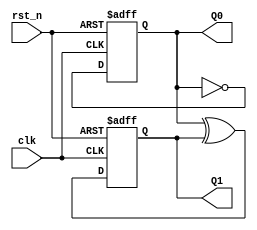
// Copyright (C) 2020  Intel Corporation. All rights reserved.
// Your use of Intel Corporation's design tools, logic functions 
// and other software and tools, and any partner logic 
// functions, and any output files from any of the foregoing 
// (including device programming or simulation files), and any 
// associated documentation or information are expressly subject 
// to the terms and conditions of the Intel Program License 
// Subscription Agreement, the Intel Quartus Prime License Agreement,
// the Intel FPGA IP License Agreement, or other applicable license
// agreement, including, without limitation, that your use is for
// the sole purpose of programming logic devices manufactured by
// Intel and sold by Intel or its authorized distributors.  Please
// refer to the applicable agreement for further details, at
// https://fpgasoftware.intel.com/eula.

// PROGRAM		"Quartus Prime"
// VERSION		"Version 20.1.1 Build 720 11/11/2020 SJ Lite Edition"
// CREATED		"Wed Dec 22 12:35:13 2021"

module count_4(
	clk,
	rst_n,
	Q0,
	Q1
);


input wire	clk;
input wire	rst_n;
output wire	Q0;
output wire	Q1;

reg	[0:0] result;
wire	SYNTHESIZED_WIRE_0;
wire	SYNTHESIZED_WIRE_1;
reg	DFF_inst;

assign	Q1 = DFF_inst;




always@(posedge clk or negedge rst_n)
begin
if (!rst_n)
	begin
	DFF_inst <= 0;
	end
else
	begin
	DFF_inst <= SYNTHESIZED_WIRE_0;
	end
end


always@(posedge clk or negedge rst_n)
begin
if (!rst_n)
	begin
	result[0] <= 0;
	end
else
	begin
	result[0] <= SYNTHESIZED_WIRE_1;
	end
end

assign	SYNTHESIZED_WIRE_1 =  ~result;

assign	SYNTHESIZED_WIRE_0 = result ^ DFF_inst;

assign	Q0 = result;

endmodule